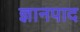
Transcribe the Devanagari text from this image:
ज्ञानपाद